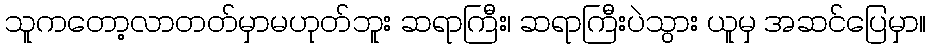
သူကတော့လာတတ်မှာမဟုတ်ဘူး ဆရာကြီး၊ ဆရာကြီးပဲသွား ယူမှ အဆင်ပြေမှာ။